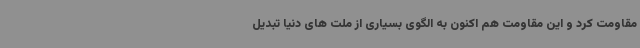
مقاومت کرد و این مقاومت هم اکنون به الگوی بسیاری از ملت های دنیا تبدیل